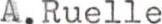
A.Ruelle